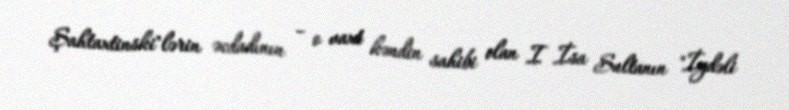
Şahtaxtinski"lərin əcdadının – o vaxt kəndin sahibi olan I İsa Sultanın "İydəli